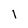
Character: l